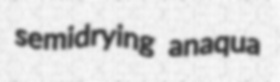
semidrying anaqua